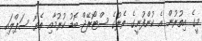
މީގެ އިތުރުން އެ ކުންފުނީގެ ތެލުގެ ސްޓޯރޭޖް ބޮޑު ކުރުމާއި ތެޔޮ ސަޕްލައި